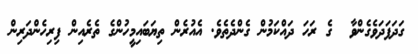
ގަދަފަދަވެގެންވާ  ގެ ރަހަ ދައްކަމުން ގެންދެތެވެ. އެއުރެން ތިޔަބައިމީހުންގެ ތެރެއިން ފިރިހެންދަރިން